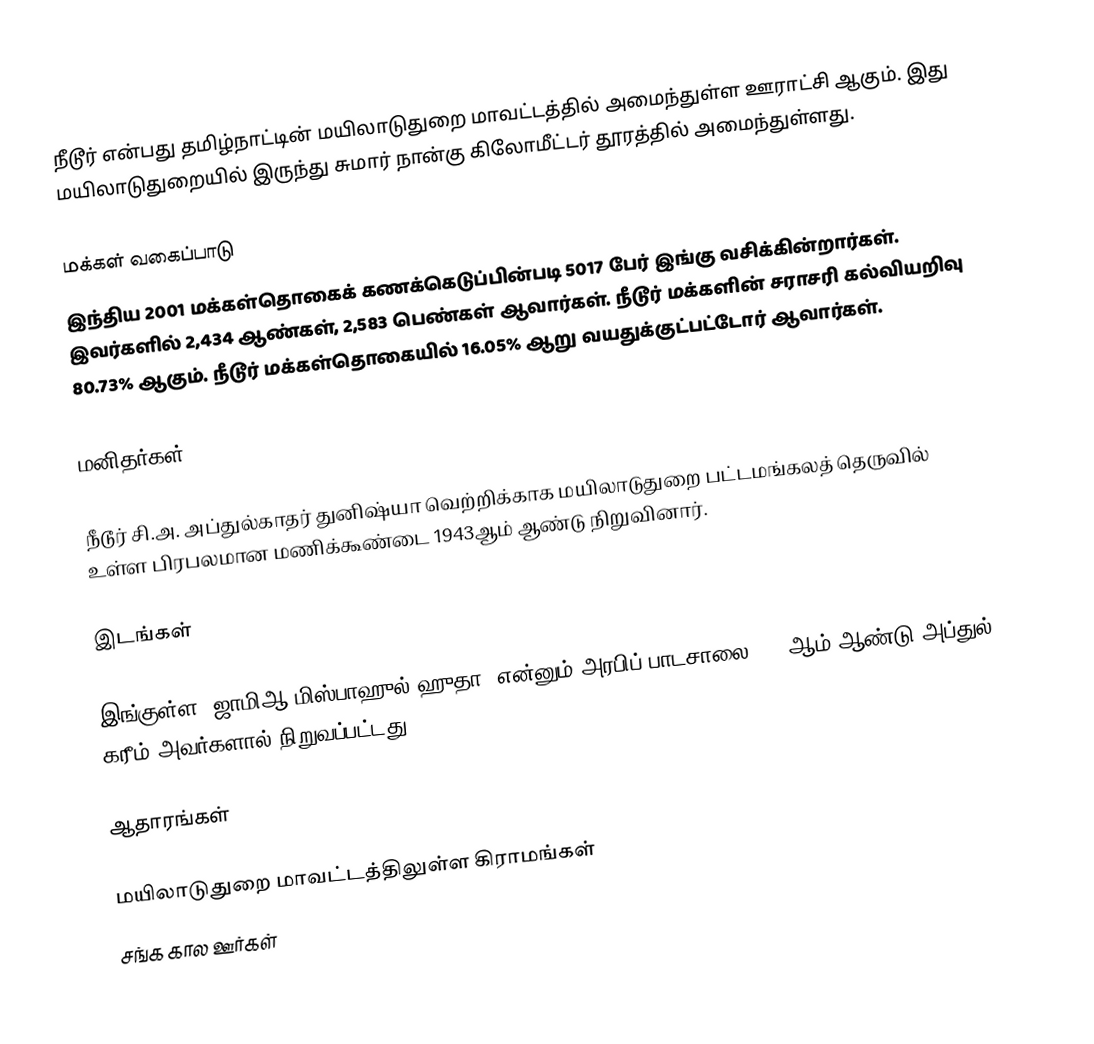
நீடூர் என்பது தமிழ்நாட்டின் மயிலாடுதுறை மாவட்டத்தில்  அமைந்துள்ள  ஊராட்சி  ஆகும். இது மயிலாடுதுறையில் இருந்து சுமார் நான்கு கிலோமீட்டர் தூரத்தில் அமைந்துள்ளது.

மக்கள் வகைப்பாடு
இந்திய 2001 மக்கள்தொகைக் கணக்கெடுப்பின்படி 5017 பேர் இங்கு வசிக்கின்றார்கள். இவர்களில் 2,434 ஆண்கள், 2,583 பெண்கள் ஆவார்கள். நீடூர் மக்களின் சராசரி கல்வியறிவு 80.73% ஆகும். நீடூர் மக்கள்தொகையில் 16.05% ஆறு வயதுக்குட்பட்டோர் ஆவார்கள்.

மனிதர்கள்

நீடூர் சி.அ. அப்துல்காதர் துனிஷ்யா வெற்றிக்காக மயிலாடுதுறை பட்டமங்கலத் தெருவில் உள்ள பிரபலமான மணிக்கூண்டை 1943ஆம் ஆண்டு நிறுவினார்.

இடங்கள்

இங்குள்ள "ஜாமிஆ மிஸ்பாஹுல் ஹுதா" என்னும் அரபிப் பாடசாலை 1912ஆம் ஆண்டு அப்துல் கரீம் அவர்களால் நிறுவப்பட்டது.

ஆதாரங்கள்

மயிலாடுதுறை மாவட்டத்திலுள்ள கிராமங்கள்
சங்க கால ஊர்கள்